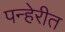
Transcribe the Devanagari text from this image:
पन्हेरीत